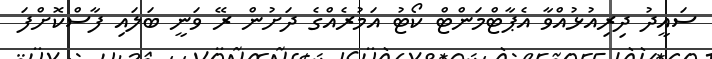
ސައީދު ދިރިއުޅުއްވާ އެޕާޓްމަންޓް ކޯޓު އަމުރެއްގެ ދަށުން ރޭ ވަނީ ބަލައި ފާސްކޮށްފަ